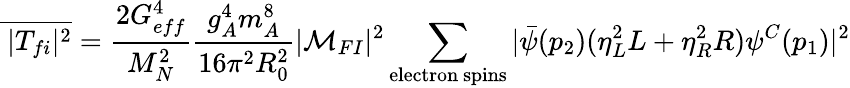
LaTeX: \overline{{{^{\, }|T_{fi}|^{2}}}}=\frac{2G_{eff}^{4}}{M_{N}^{2}}\frac{g_{A}^{4}m_{A}^{8}}{16\pi^{2}R_{0}^{2}}|{\cal M}_{FI}|^{2}\sum_{\mathrm{electron~spins}}|{\bar{\psi}}(p_{2})(\eta_{L}^{2}L+\eta_{R}^{2}R)\psi^{C}(p_{1})|^{2}